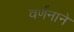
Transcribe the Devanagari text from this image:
वर्णनाने